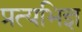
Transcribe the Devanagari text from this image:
प्रत्यभिज्ञ